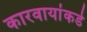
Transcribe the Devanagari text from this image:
कारवायांकडे